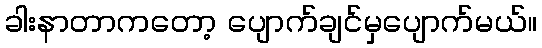
ခါးနာတာကတော့ ပျောက်ချင်မှပျောက်မယ်။